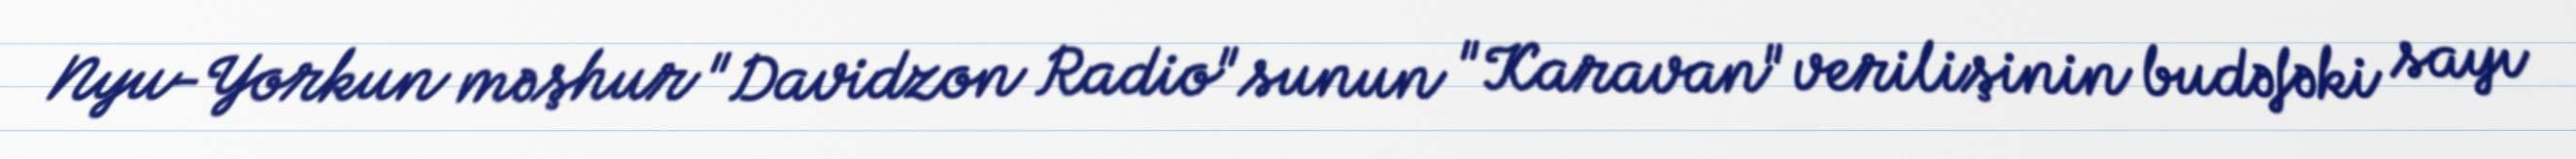
Nyu-Yorkun məşhur "Davidzon Radio"sunun "Karavan" verilişinin budəfəki sayı